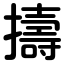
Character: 擣